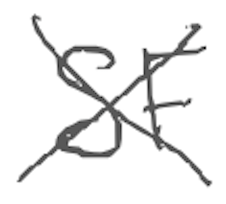
Text: SF
Cross-out: cross
Writing tool: digital_gray